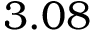
3 . 0 8